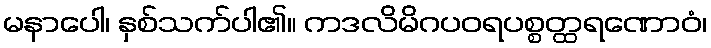
မနာပေါ၊ နှစ်သက်ပါ၏။ ကဒလိမိဂပဝရပစ္စတ္ထရဏောဝံ၊